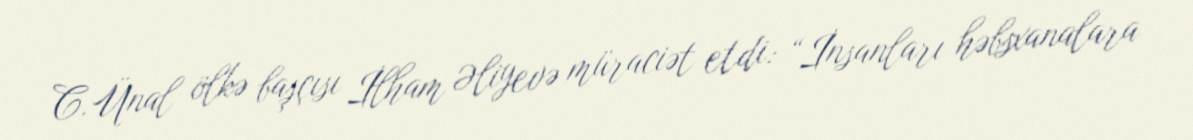
C.Ünal ölkə başçısı İlham Əliyevə müraciət etdi: “İnsanları həbsxanalara